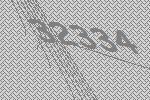
32334